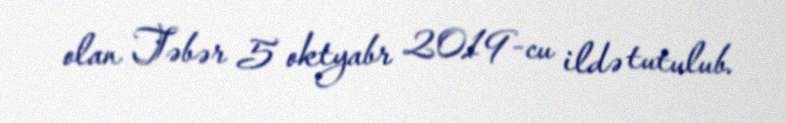
olan Təbər 5 oktyabr 2019-cu ildə tutulub.